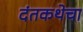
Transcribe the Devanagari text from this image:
दंतकथेचा